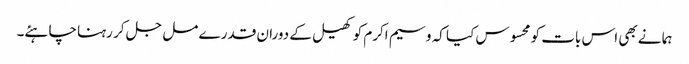
ہما نے بھی اس بات کو محسوس کیا کہ وسیم اکرم کو کھیل کے دوران قدرے مل جل کر رہنا چاہئے۔